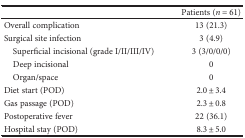
|  | Patients (n = 61) |
 | --- | --- |
 | Overall complication | 13 (21.3) |
 | Surgical site infection | 3 (4.9) |
 | Superficial incisional (grade I/II/III/IV) | 3 (3/0/0/0) |
 | Deep incisional | 0 |
 | Organ/space | 0 |
 | Diet start (POD) | 2.0 ± 3.4 |
 | Gas passage (POD) | 2.3 ± 0.8 |
 | Postoperative fever | 22 (36.1) |
 | Hospital stay (POD) | 8.3 ± 5.0 |